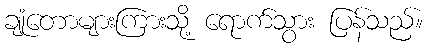
ချုံတောများကြားသို့ ရောက်သွား ပြန်သည်။